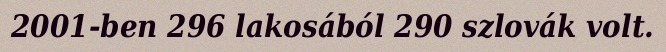
2001-ben 296 lakosából 290 szlovák volt.